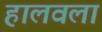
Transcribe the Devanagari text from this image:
हालवला